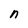
Character: n